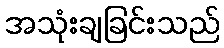
အသုံးချခြင်းသည်